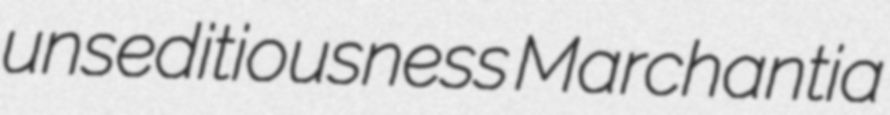
unseditiousness Marchantia